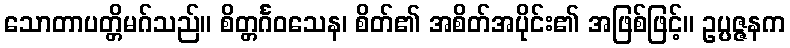
သောတာပတ္တိမဂ်သည်။ စိတ္တင်္ဂဝသေန၊ စိတ်၏ အစိတ်အပိုင်း၏ အဖြစ်ဖြင့်။ ဥပ္ပဇ္ဇနက